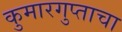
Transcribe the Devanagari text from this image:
कुमारगुप्ताचा